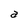
Character: a